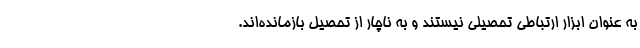
به عنوان ابزار ارتباطی تحصیلی نیستند و به ناچار از تحصیل بازمانده‌اند.